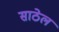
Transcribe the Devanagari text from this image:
साठेल